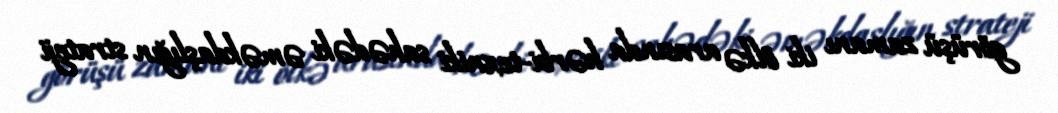
görüşü zamanı iki ölkə arasında hərbi-texniki sahədəki əməkdaşlığın strateji